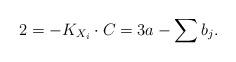
LaTeX: \begin{align*} 2=-K_{X_i}\cdot C=3a-\sum b_j.\end{align*}